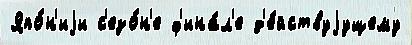
Япо́н'иjи с'езо́н'е ф'ина́л'е д'е́йствуjущему